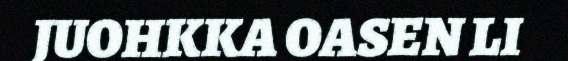
JUOHKKA OASEN LI